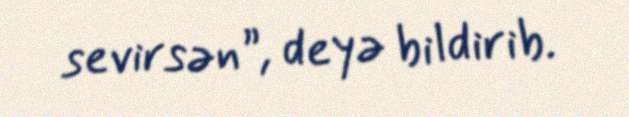
sevirsən”, deyə bildirib.